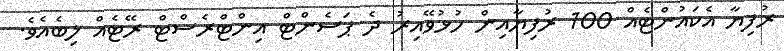
ރުފިޔާ އެކައުންޓެއް 100 ރުފިޔާއިން ހުޅުވޭއިރު ދެ ޕަސެންޓް އިންޓްރެސްޓް ރޭޓެއް ލިބެއެވެ.